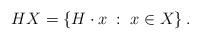
LaTeX: \begin{align*}H X = \left\{ H \cdot x \; : \; x \in X \right \}.\end{align*}